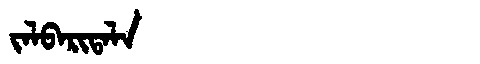
Manchu: ᠵᠠᠯᠪᠠᡵᡳᡨᠠᠯᠠ
Romanization: JALBARITALA